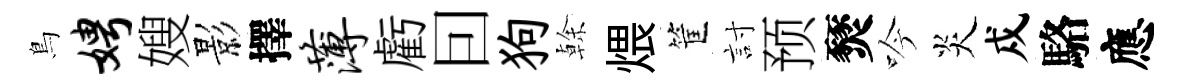
鳥娉嫂影擇薄虧囙狗𠏉煨筐討预燹吟炎戍駱應